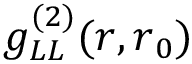
g _ { L L } ^ { ( 2 ) } ( \boldsymbol { r } , \boldsymbol { r } _ { 0 } )